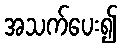
အသက်ပေး၍